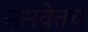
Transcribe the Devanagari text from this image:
समवेतचे